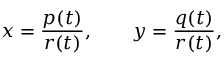
x = { \frac { p ( t ) } { r ( t ) } } , \qquad y = { \frac { q ( t ) } { r ( t ) } } ,